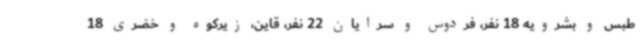
طبس و بشرویه 18 نفر، فردوس و سرایان 22 نفر، قاین، زیرکوه و خضری 18